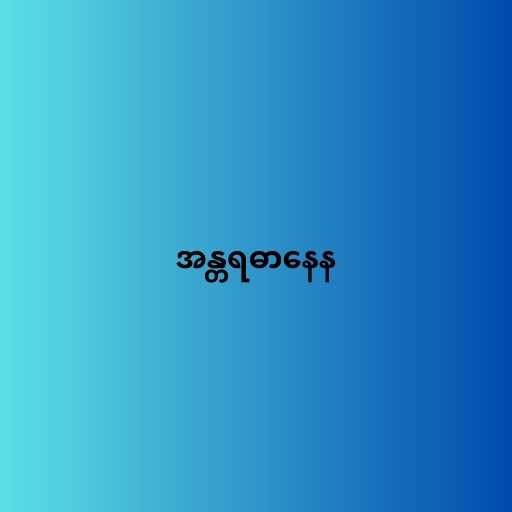
အန္တရဓာနေန